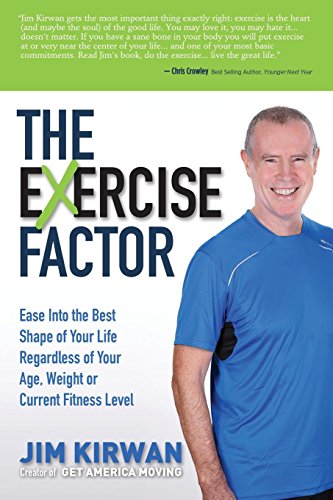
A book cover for The eXercise Factor: Ease Into the Best Shape of Your Life Regardless of Your Age, Weight or Current Fitness Level; Jim Kirwan; Health, Fitness & Dieting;